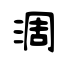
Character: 淍